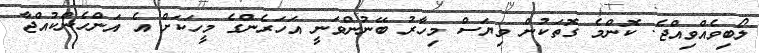
ލޯބިވެއްވިއްޖެ. ކޮންމެ ގޮތަކުން ވިޔަސް މިހާރު ބޭނުންވަނީ އަހަރެންގެ މީހަކަށް އެ އަންހެންކުއްޖާ